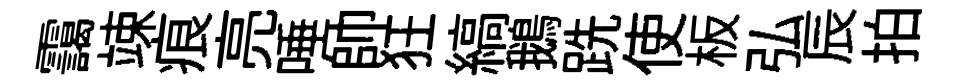
靄竦痕亮唾帥狂縞鵝跣使板弘辰拍